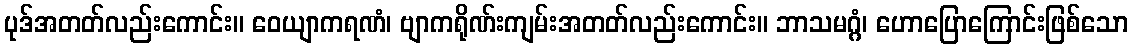
ပုဒ်အတတ်လည်းကောင်း။ ဝေယျာကရဏံ၊ ဗျာကရိုဏ်းကျမ်းအတတ်လည်းကောင်း။ ဘာသမဂ္ဂံ၊ ဟောပြောကြောင်းဖြစ်သော